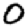
Digit: 0